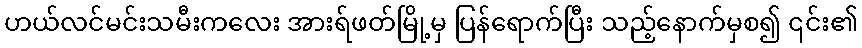
ဟယ်လင်မင်းသမီးကလေး အားရ်ဖတ်မြို့မှ ပြန်ရောက်ပြီး သည့်နောက်မှစ၍ ၎င်း၏